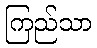
ကြည်သာ